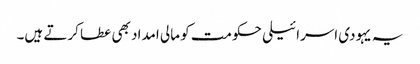
یہ یہودی اسرائیلی حکومت کو مالی امداد بھی عطا کرتے ہیں۔